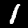
Label: 1